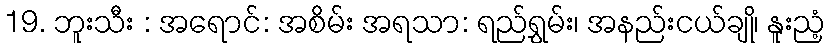
19. ဘူးသီး : အရောင်: အစိမ်း အရသာ: ရည်ရွှမ်း၊ အနည်းငယ်ချို၊ နူးညံ့